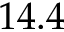
1 4 . 4